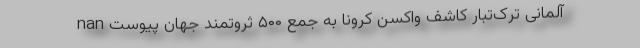
nan آلمانی تُرک‌تبار کاشف واکسن کرونا به جمع ۵۰۰ ثروتمند جهان پیوست